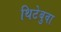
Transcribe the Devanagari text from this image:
थिटेबुवा